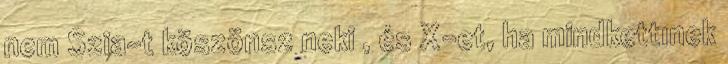
nem Szia-t köszönsz neki , és X-et, ha mindkettınek